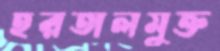
হরতালমুক্ত